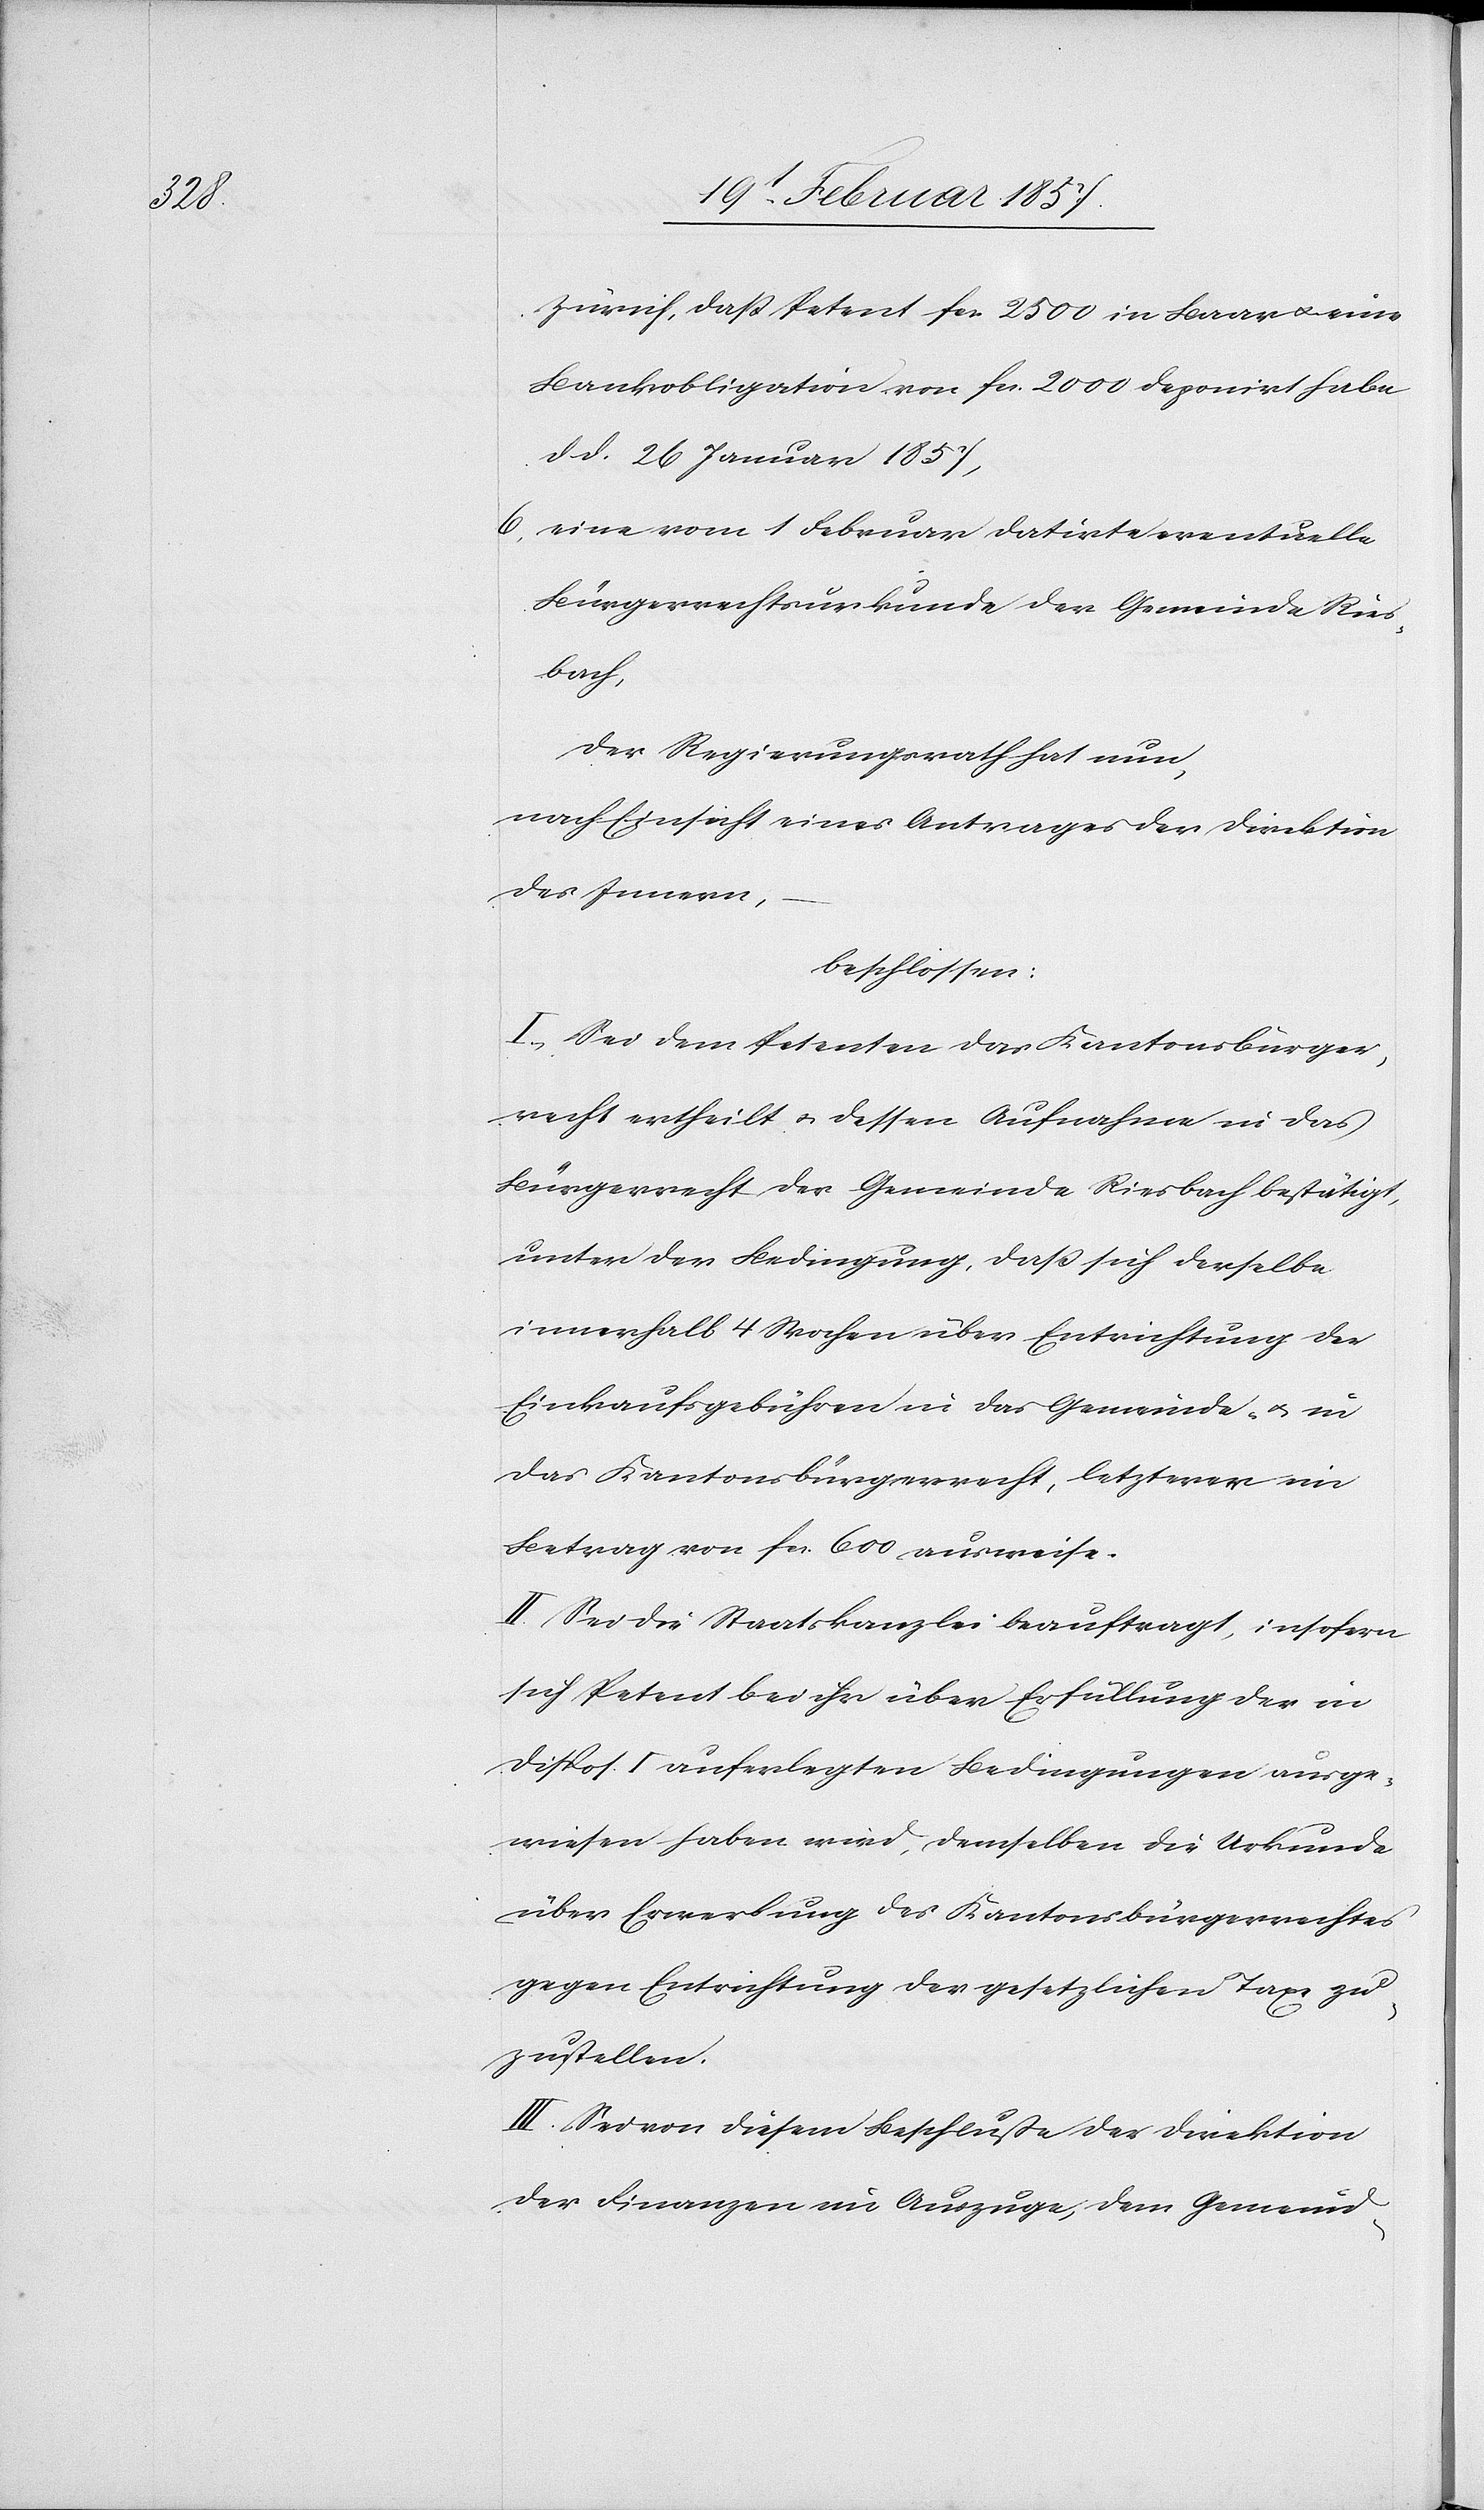
Zürich, daß Petent fr. 2500 in Baar u. eine
Bankobligation von fr. 2000 deponirt habe
d. d. 26 Januar 1857,
6. eine vom 1 Februar datirte eventuelle
Bürgerrechtsurkunde der Gemeinde Ries¬
bach,
Der Regierungsrath hat nun,
nach Einsicht eines Antrages der Direktion
des Innern,
beschlossen:
I. Sei dem Petenten das Kantonsbürger¬
recht ertheilt u. dessen Aufnahme in das
Bürgerrecht der Gemeinde Riesbach bestätigt,
unter der Bedingung, daß sich derselbe
innerhalb 4 Wochen über Entrichtung der
Einkaufsgebühren in das Gemeinde- u. in
das Kantonsbürgerrecht, letzterer ein
Betrag von fr. 600 ausweise.
II. Sei die Staatskanzlei beauftragt, insofern
sich Petent bei ihr über Erfüllung der in
Dispos. I. auferlegten Bedingungen ausge¬
wiesen haben wird, demselben die Urkunde
über Erwerbung des Kantonsbürgerrechtes
gegen Entrichtung der gesetzlichen Taxe zu¬
zustellen.
III. Sei von diesem Beschluße der Direktion
der Finanzen im Auszuge, dem Gemeind-